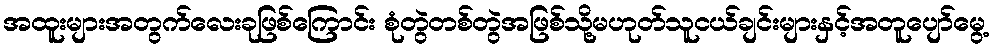
အထူးများအတွက်လေးခုဖြစ်ကြောင်း စုံတွဲတစ်တွဲအဖြစ်သို့မဟုတ်သူငယ်ချင်းများနှင့်အတူပျော်မွေ့